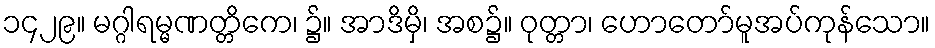
၁၄၂၉။ မဂ္ဂါရမ္မဏတ္တိကေ၊ ၌။ အာဒိမှိ၊ အစ၌။ ဝုတ္တာ၊ ဟောတော်မူအပ်ကုန်သော။